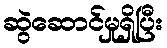
ဆွဲဆောင်မှုရှိပြီး